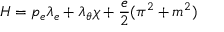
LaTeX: H = p _ { e } \lambda _ { e } + \lambda _ { \theta } \chi + \frac { e } { 2 } ( \pi ^ { 2 } + m ^ { 2 } )